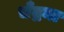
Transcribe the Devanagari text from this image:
चँद्रमा